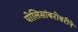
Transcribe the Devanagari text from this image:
पोलिसांबरोबरीने